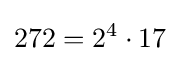
272=2^{4}\cdot 17